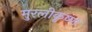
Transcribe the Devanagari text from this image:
मुरलीकृष्ण